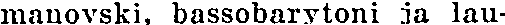
manovski, bassobarytoni ia lau-